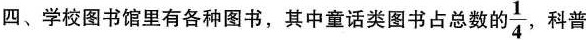
四、学校图书馆里有各种图书，其中童话类图书占总数的 \frac{1}{4} ，科普